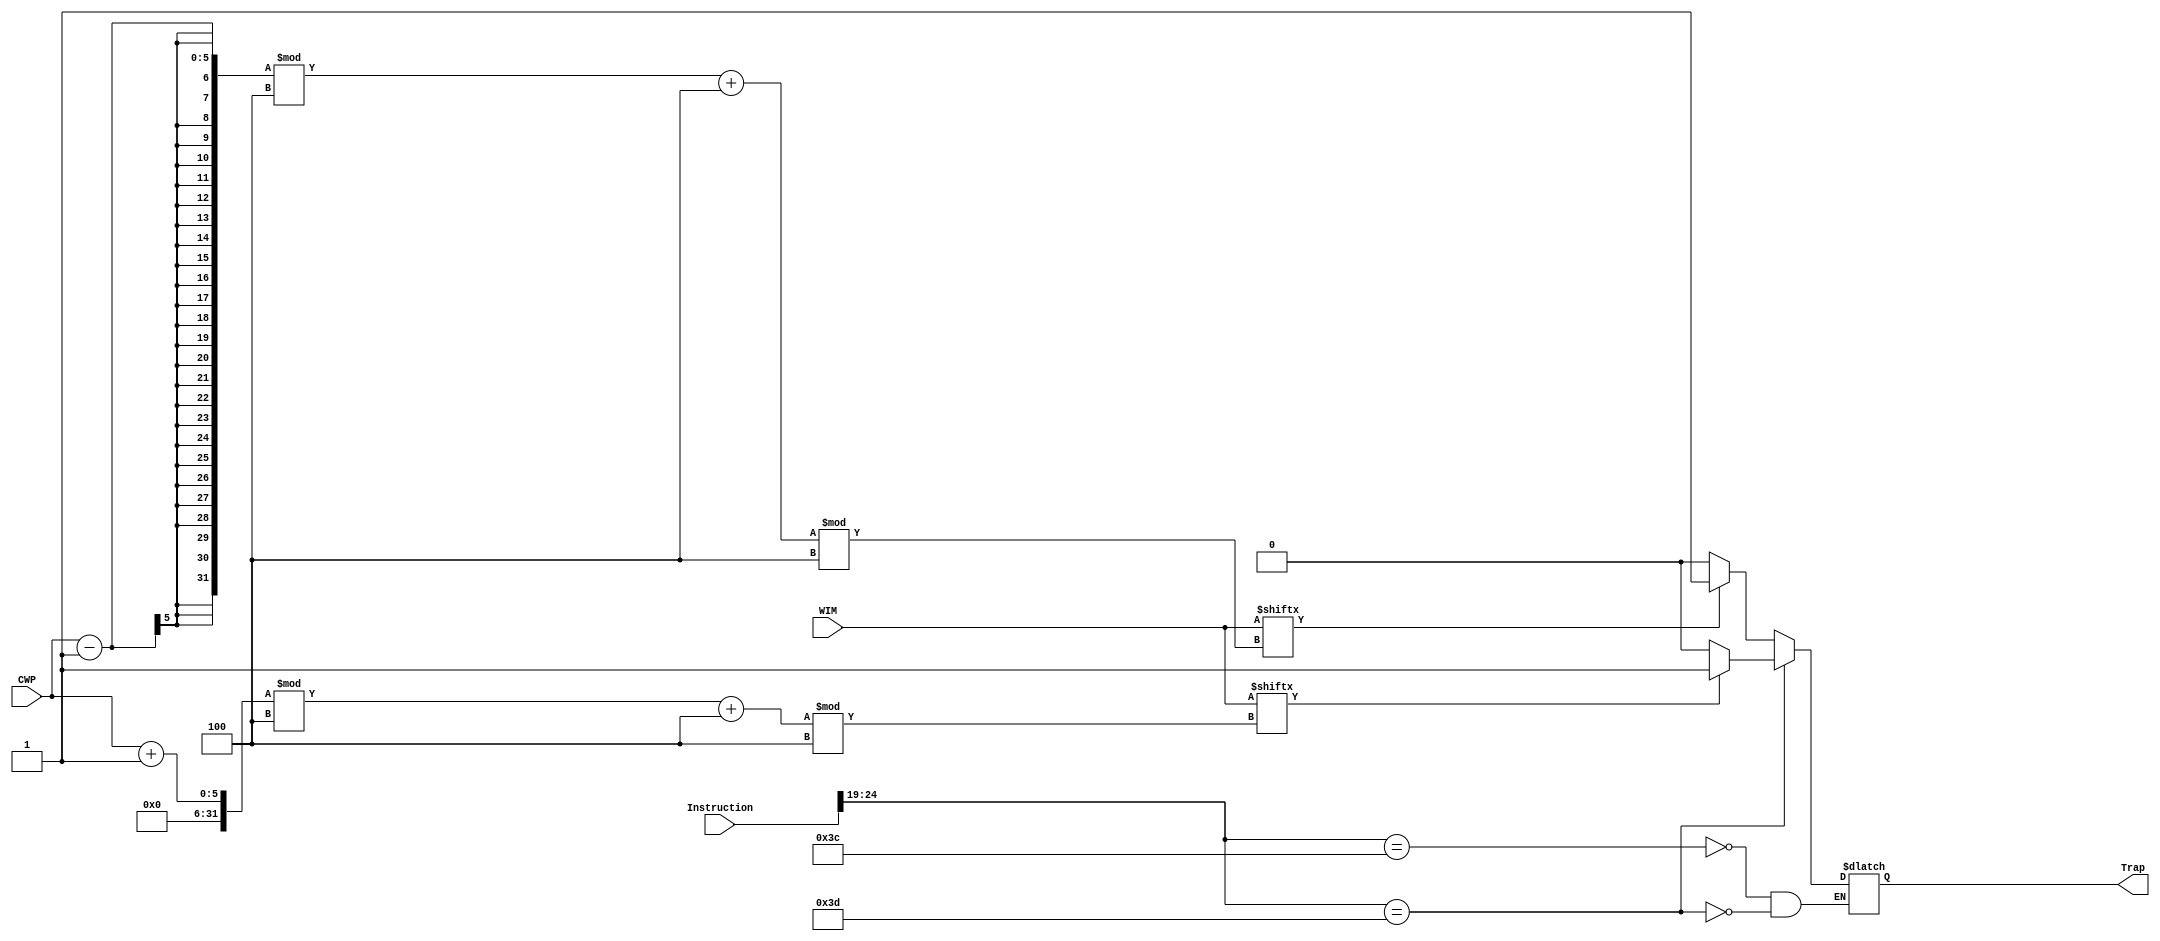
module WIM_Tester (
					output reg Trap,
					input [31:0] Instruction,
					input [4:0] CWP,
					input [31:0] WIM
					);
	
	always @*
		begin
		case (Instruction[24:19])
			6'b111100:	// SAVE
				begin
				if (WIM[(((CWP - 1) % 4) + 4) % 4] == 1'b1)
					begin
					Trap = 1'b1;	// Overflow true
					end
				else
					begin
					Trap = 1'b0;	// Overflow false
					end
				end
			6'b111101:	// RESTORE
				begin
				if (WIM[(((CWP + 1) % 4) + 4) % 4] == 1'b1)
					begin
					Trap = 1'b1;	// Underflow true
					end
				else
					begin
					Trap = 1'b0;	// Underflow false
					end
				end
		endcase
		end
endmodule